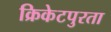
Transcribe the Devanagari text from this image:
क्रिकेटपुरता